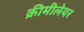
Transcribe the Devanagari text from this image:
क्रीमीलेयर